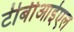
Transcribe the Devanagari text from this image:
टीबीआईएल